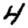
Digit: 4